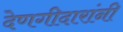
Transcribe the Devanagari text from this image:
देणगीदारांनी